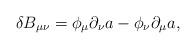
LaTeX: \begin{align*}\delta B_{\mu\nu} = \phi_{\mu} \partial_{\nu} a - \phi_{\nu} \partial_{\mu} a,\end{align*}